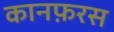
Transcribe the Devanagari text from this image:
कानफ़रस